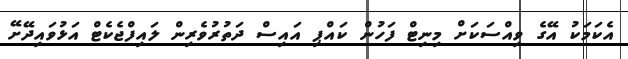
އެކަމަކު އޭގެ ވިއްސަކަށް މިނިޓް ފަހުން ކައްޕި އައިސް ދަތުރުވެރިން ލައިފްޖެކެޓް އަޅުވައިދޭށޭ